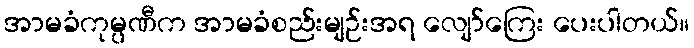
အာမခံကုမ္ပဏီက အာမခံစည်းမျဉ်းအရ လျော်ကြေး ပေးပါတယ်။